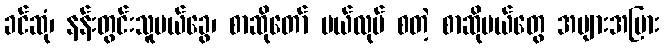
ခင်ဆုံ၊ နန်းတွင်းသူမယ်ခွေ၊ စာဆိုတော် မယ်လုပ် စတဲ့ စာဆိုမယ်တွေ အများအပြား